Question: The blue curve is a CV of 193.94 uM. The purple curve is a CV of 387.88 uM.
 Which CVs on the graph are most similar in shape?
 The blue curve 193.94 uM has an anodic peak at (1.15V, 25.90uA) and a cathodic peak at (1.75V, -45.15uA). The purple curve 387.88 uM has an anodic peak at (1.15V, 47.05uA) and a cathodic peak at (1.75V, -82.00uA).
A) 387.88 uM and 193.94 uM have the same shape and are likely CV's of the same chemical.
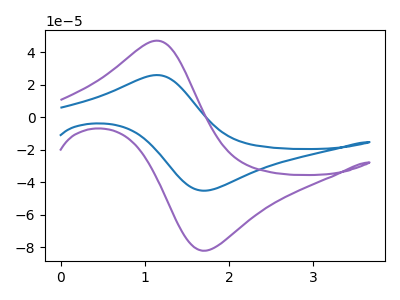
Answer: <think>All the peaks in "193.94 uM" have a peak in "387.88 uM" at the same potential. Every peak in "193.94 uM" is lower than every peak in "387.88 uM".
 </think>
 <answer>A) "387.88 uM" and "193.94 uM" have the same shape and are likely CV's of the same chemical.</answer>
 <eval>A</eval>